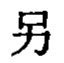
另